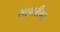
સાબરીયા